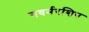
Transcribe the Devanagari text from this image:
गवर्नरशिप